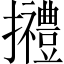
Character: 𢹿